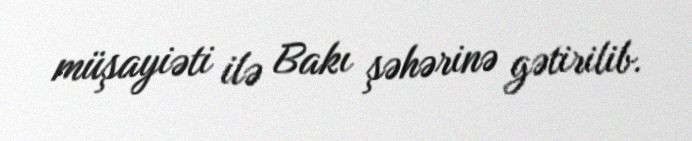
müşayiəti ilə Bakı şəhərinə gətirilib.